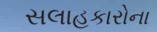
સલાહકારોના